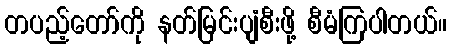
တပည့်တော်ကို နတ်မြင်းပျံစီးဖို့ စီမံကြပါတယ်။